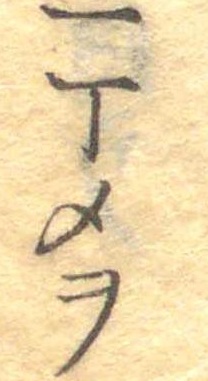
一丁メヲ